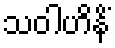
သဝါဟိနိံ